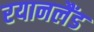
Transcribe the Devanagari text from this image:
रयानलैंड